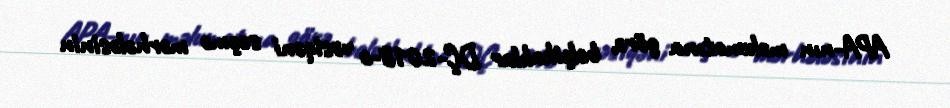
APA-nın məlumatına görə, belçikalılar DÇ-2018-ə vəsiqəni seçmə mərhələsinin